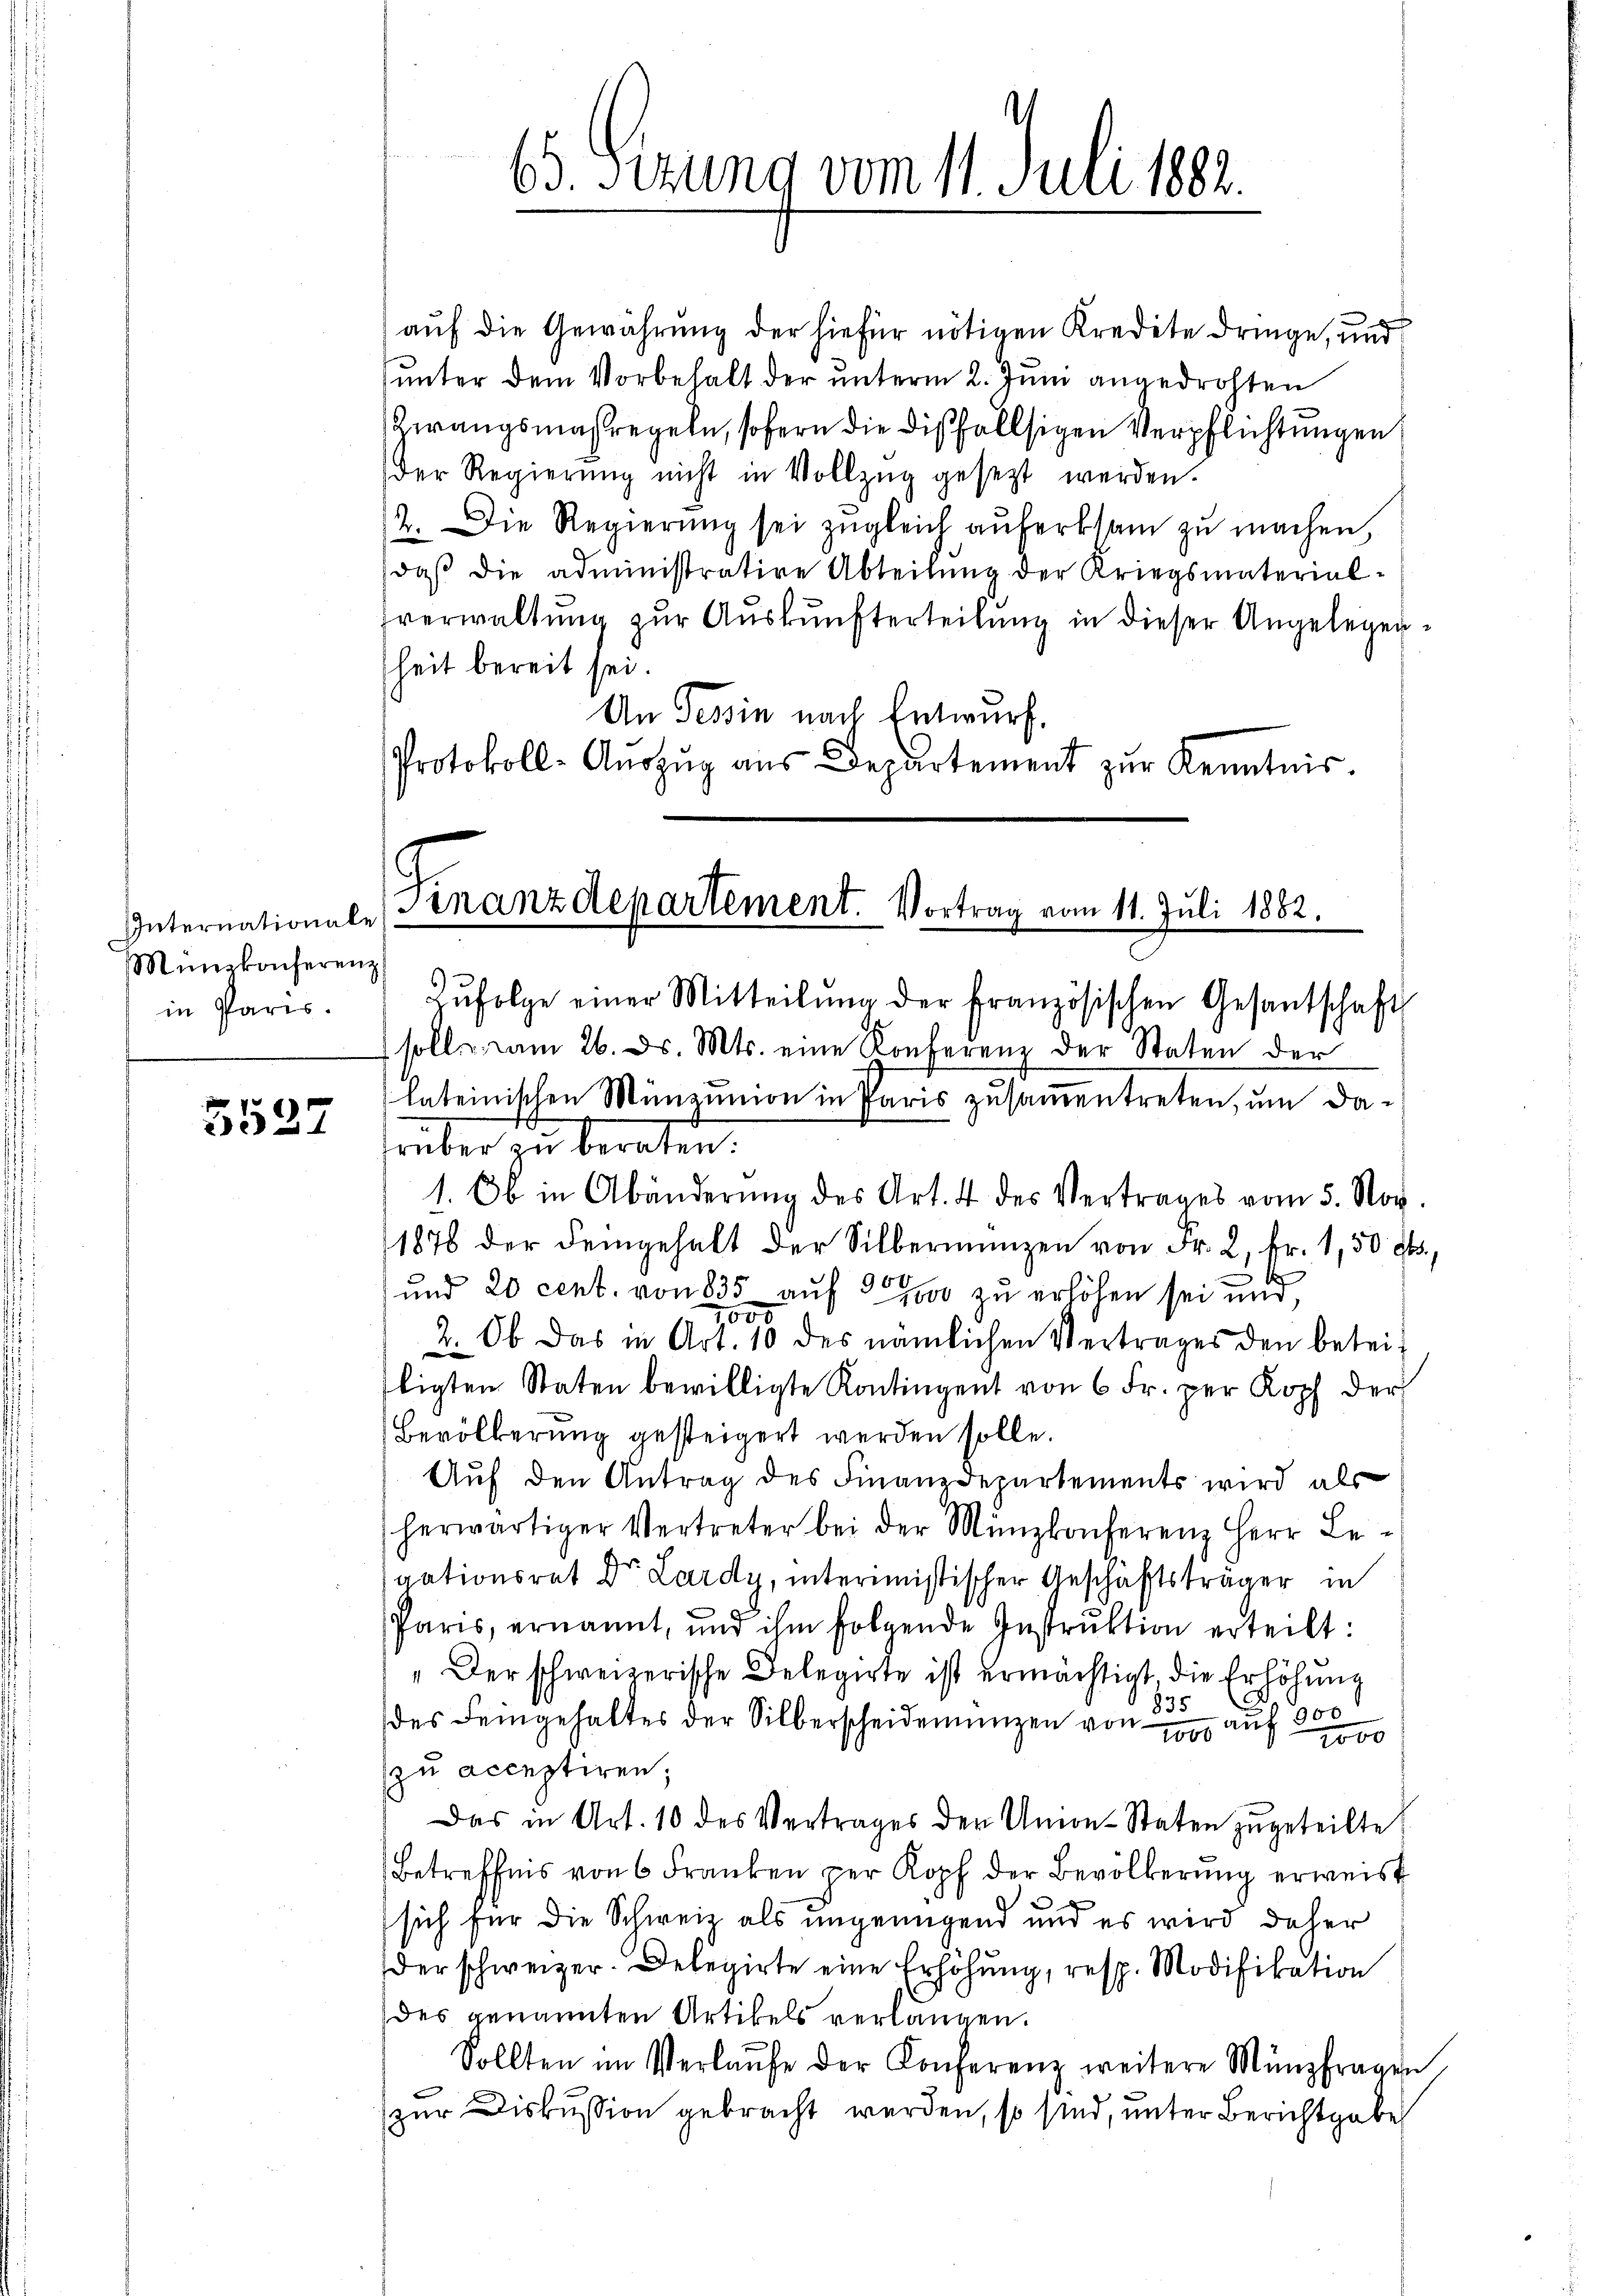
Internationale
Münikonferenz
in Paris.

5527

63. Fezung vom 11. Juli 1882.

auf die Gewährung der hiefür nötigen Kredite dringe, und
unter dem Vorbehalt der unterm 2. Juni angedrohten
Zwangsmaßregeln, sofern die dißfallsigen Verpflichtungen
der Regierŭng nicht in Vollzŭg gesezt werden.
2. Die Regierŭng sei zŭgleich aŭferksam zŭ machen,
daβ die administrative Abteilŭng der Kriegsmaterial-
verwaltung zur Auskunfterteilung in dieser Angelegenheit bereit sei.
An Tessin nach Entwurf.
Protokoll-Aŭszŭg aŭs Departement zŭr Kenntnis.

Finanzdepartement. Vortrag vom 11. Juli 1882.
Zŭfolge einer Mitteilŭng der Französischen Gesantschaft

soll am 26. d. Mts. eine Konferenz der Staten der
lateinischen Münzunion in Paris zusamentreten, um darüber zu beraten:
1. Ob in Abänderŭng des Art. 4 des Vertrages vom 5. Nov.
1878 der demgehalt der Silbermangen von Fr. 2, Fr. 1,50 cts.,
A
und 20 cent. von 835 auf 2000 zu erhöhen sei und,
2. Ob das in Art. 10 des nämlichen Vertrages den beteiligten Staten bewilligte Kontingent von 6 Fr. per Kopf der
Bevölkerung gesteigert werden solle.
Auf den Antrag des Finanzdepartements wird als
herwärtiger Vertreter bei der Münzkonferenz Herr Le-
gationsrat Dr. Lardy, interimistischer Geschäftsträger in
Paris, ernannt, und ihm folgende Instrŭktion erteilt:
„Der schweizerische Delegirte ist ermächtigt, die Erhöhung
835
des Feingehaltes der Silberscheidenŭngen von auf
zu acceptiren;
Das in Art. 10 des Vertrages der Union-Staten zugeteilte
Betreffens von 6 Franken per Kopf der Bevölkerŭng erweist
sich für die Schweiz als ungenügend und es wird daher
der schweizer. Delegirte eine Erhöhung, resp. Modifikation
des genannten Artikels verlangen.
Sollten im Verlaŭfe der Konferenz weitere Münzfragen.
zur Diskussion gebracht werden, so sind, unter Berichtgabe